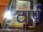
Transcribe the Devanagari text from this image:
टार्प